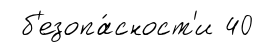
б'езопа́сност'и 40